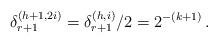
LaTeX: \begin{align*} \delta_{r+1}^{(h+1,2i)} = \delta_{r+1}^{(h,i)}/2 = 2^{-(k+1)} \,.\end{align*}